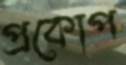
প্রকোপ